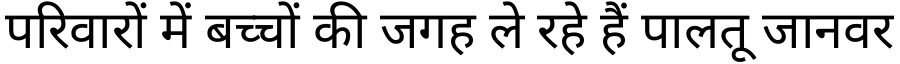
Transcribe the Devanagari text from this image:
परिवारों में बच्चों की जगह ले रहे हैं पालतू जानवर